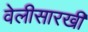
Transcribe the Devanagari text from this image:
वेलीसारखी